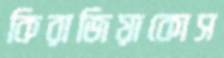
কিরাজিয়াকোস